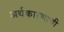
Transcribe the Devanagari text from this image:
अर्थकारणाची